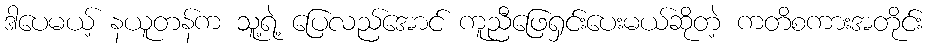
ဒါပေမယ့် နယူတန်က သူ့ရဲ့ ပြေလည်အောင် ကူညီဖြေရှင်းပေးမယ်ဆိုတဲ့ ကတိစကားအတိုင်း